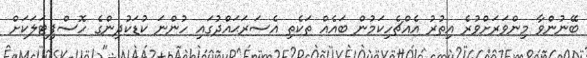
ބޭނުންވާ މިންވަރަށްވުރެ އިތުރު އެއްޗެހިކަމުން ބައެއް ތަކެތި އެސަރަޙައްދުގައި ހުންނަ ކުޑަކުދިންގެ ހޮސްޕިޓަލަކަށް